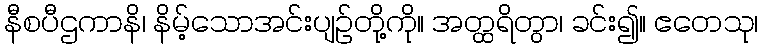
နီစပီဌကာနိ၊ နိမ့်သောအင်းပျဉ်တို့ကို။ အတ္ထရိတွာ၊ ခင်း၍။ ဧတေသု၊